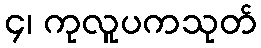
၄၊ ကုလူပကသုတ်